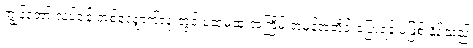
ကျွန်တော့် လုပ်ငန်းတစ်လျှောက်လုံးတွင် ပထမဆုံးအကြိမ် အမှန်အတိုင်းပြောရန် မဖြစ် နိုင်သည့်